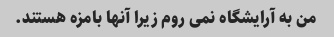
من به آرایشگاه نمی روم زیرا آنها بامزه هستند.